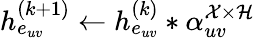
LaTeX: h_{e_{uv}}^{(k+1)}\gets h_{e_{uv}}^{(k)}*\alpha_{uv}^{\mathcal{X}\times\mathcal{H}}